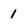
Character: 1